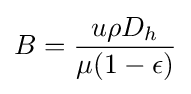
B={\frac {u\rho D_{h}}{\mu (1-\epsilon )}}